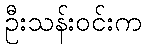
ဦးသန်းဝင်းက